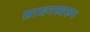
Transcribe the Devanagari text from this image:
साधनस्वरूप